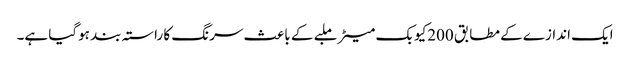
ایک اندازے کے مطابق 200کیوبک میٹر ملبے کے باعث سرنگ کا راستہ بند ہوگیا ہے۔